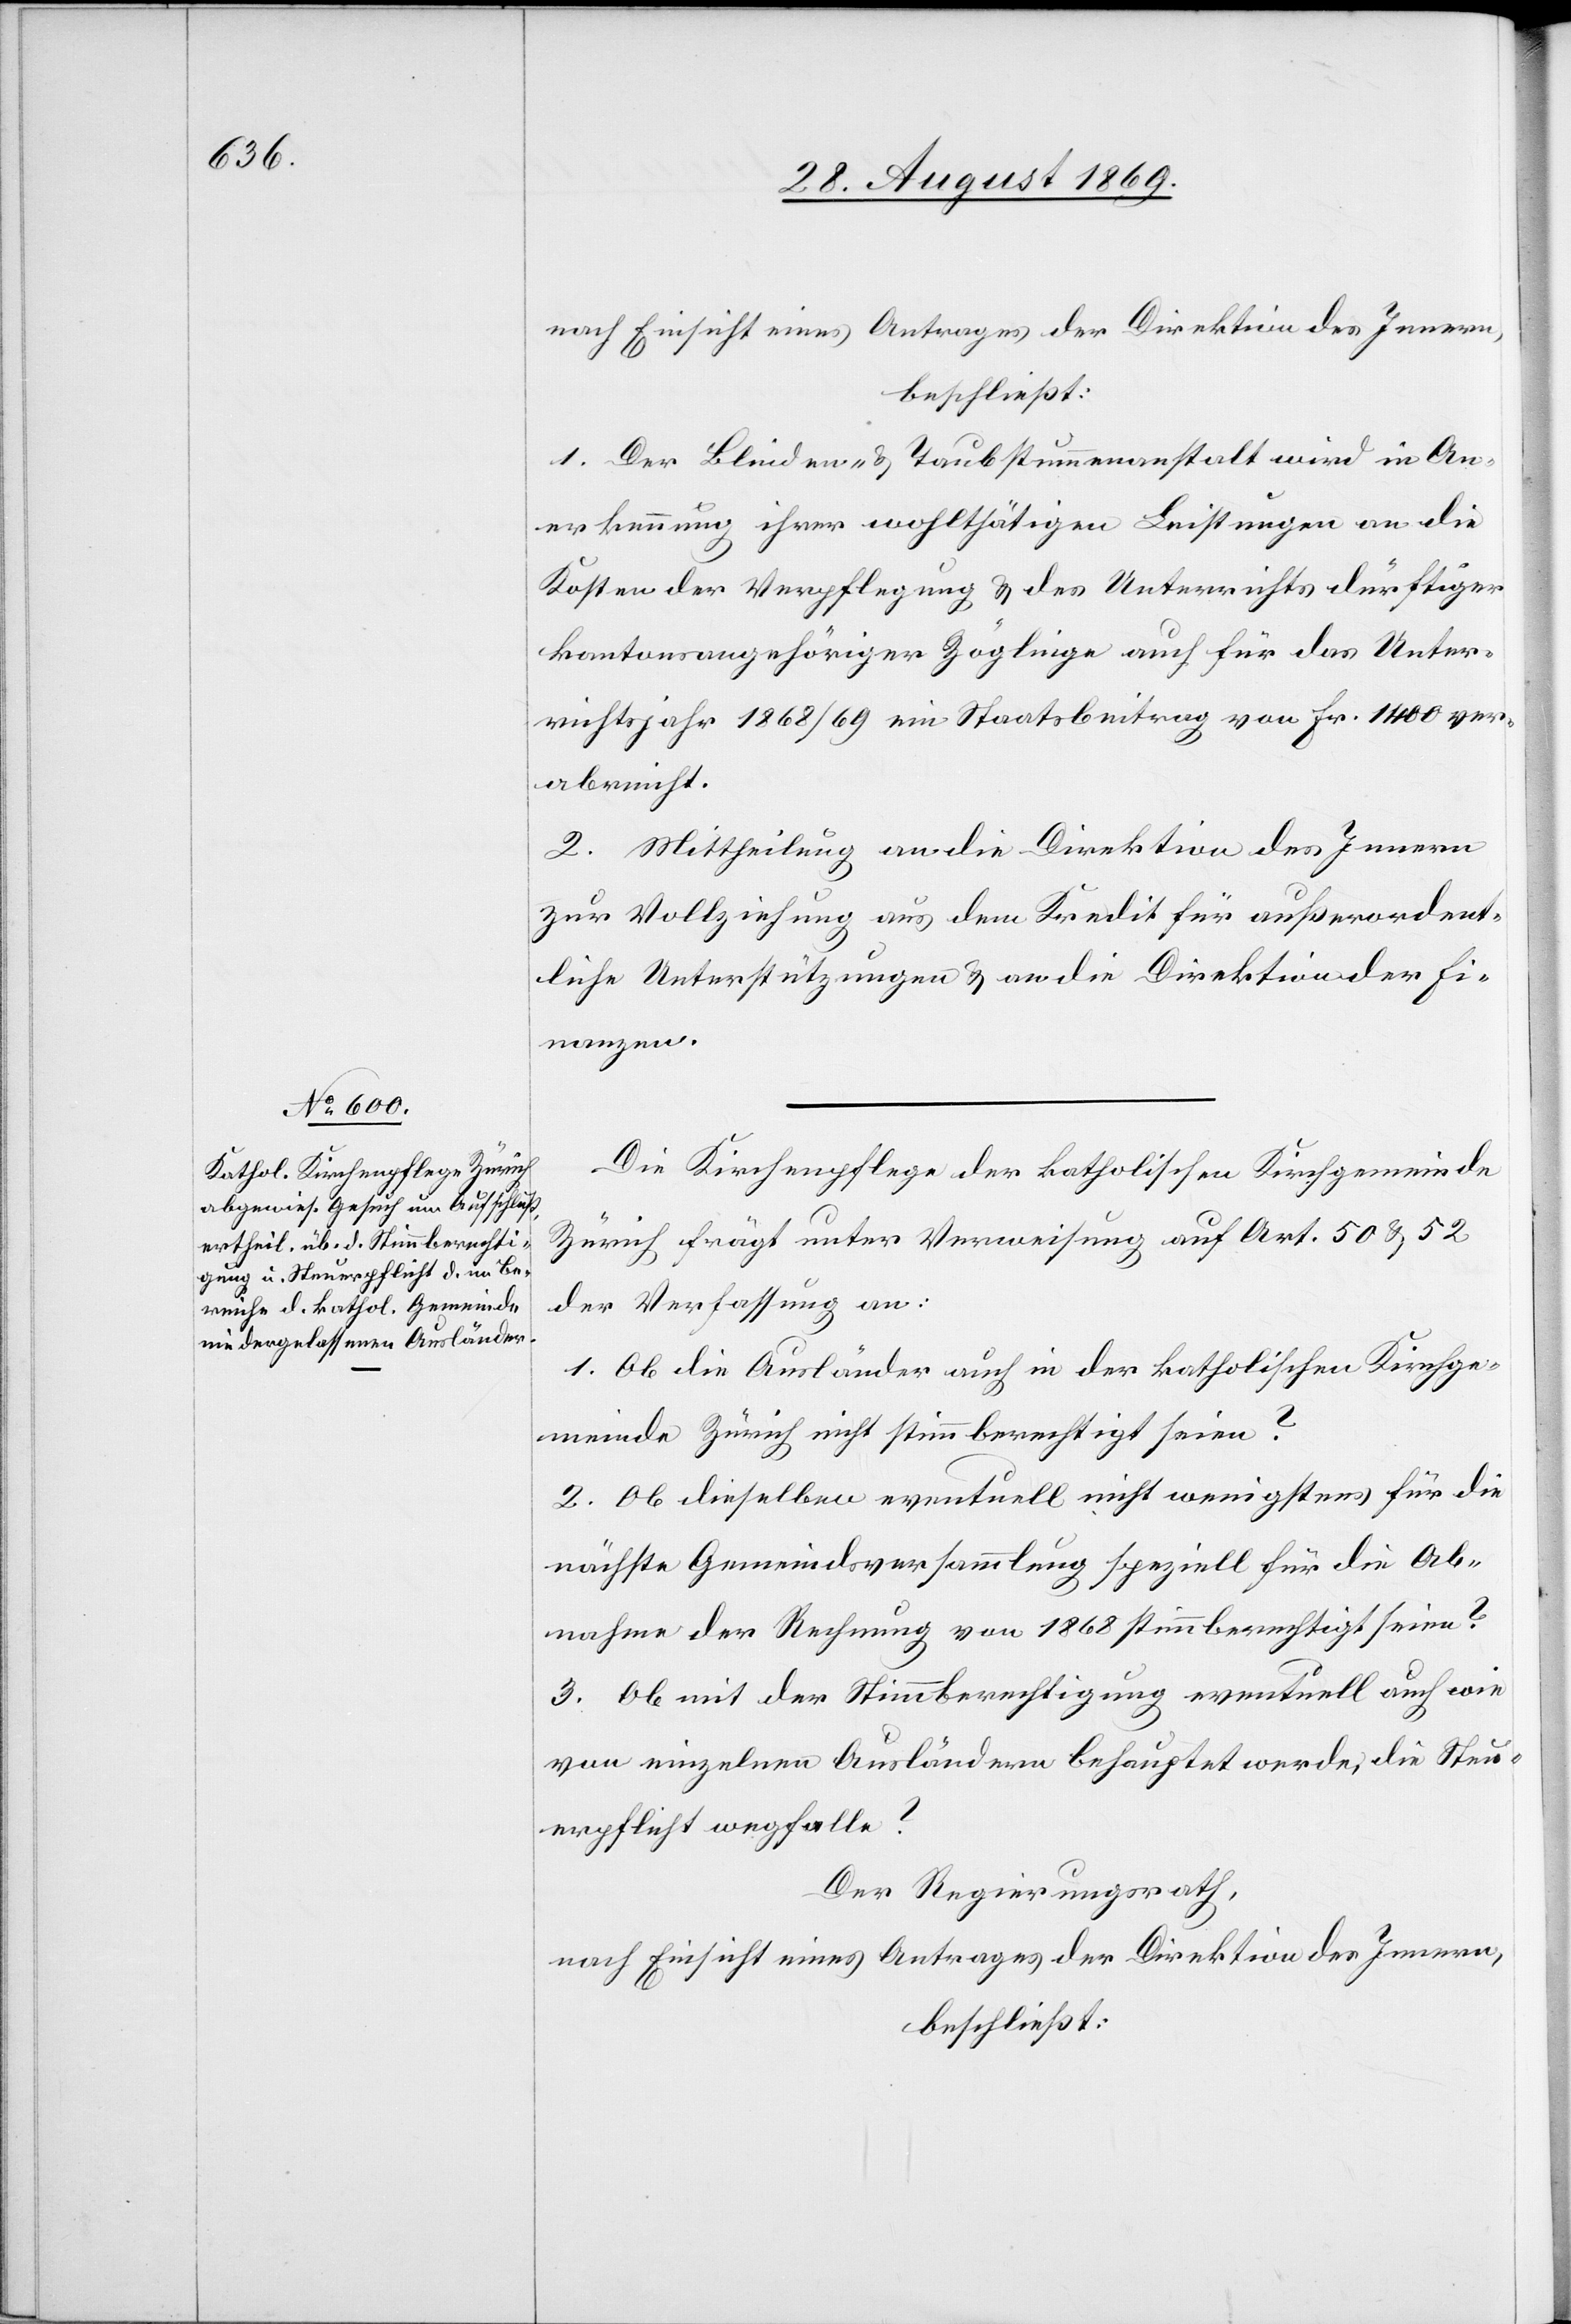
nach Einsicht eines Antrages der Direktion des Innern,
beschließt:
1. Der Blinden- & Taubstummenanstalt wird in An¬
erkennung ihrer wohlthätigen Leistungen an die
Kosten der Verpflegung & des Unterrichts dürftiger
kantonsangehöriger Zöglinge auch für das Unter¬
richtsjahr 1868/69 ein Staatsbeitrag von Fr. 1400 ver¬
abreicht.
2. Mittheilung an die Direktion des Innern
zur Vollziehung aus dem Kredit für außerordent¬
liche Unterstützungen & an die Direktion der Fi¬
nanzen.
Die Kirchenpflege der katholischen Kirchgemeinde
Zürich frägt unter Verweisung auf Art. 50 & 52
der Verfassung an:
1. Ob die Ausländer auch in der katholischen Kirchge¬
meinde Zürich nicht stimmberechtigt seien?
2. Ob dieselben eventuell nicht wenigstens für die
nächste Gemeindsversammlung speziell für die Ab¬
nahme der Rechnung von 1868 stimmberechtigt seien?
3. Ob mit der Stimmberechtigung eventuell auch wie
von einzelnen Ausländern behauptet werde, die Steu¬
erpflicht wegfalle?
Der Regierungsrath,
nach Einsicht eines Antrages der Direktion des Innern,
beschließt: